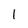
Character: 1